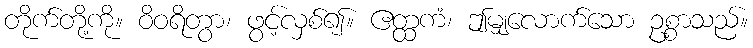
တိုက်တို့ကို။ ဝိဝရိတွာ၊ ဖွင့်လှစ်၍။ ဧတ္ထကံ၊ ဤမျှလောက်သော ဥစ္စာသည်။